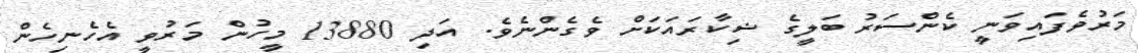
މަރުވެފައިވަނީ ކެންސަރު ބަލީގެ ޝިކާރައަކަށް ވެގެންނެވެ. އަދި 13880 މީހުން މަރުވީ އެހެނިހެން